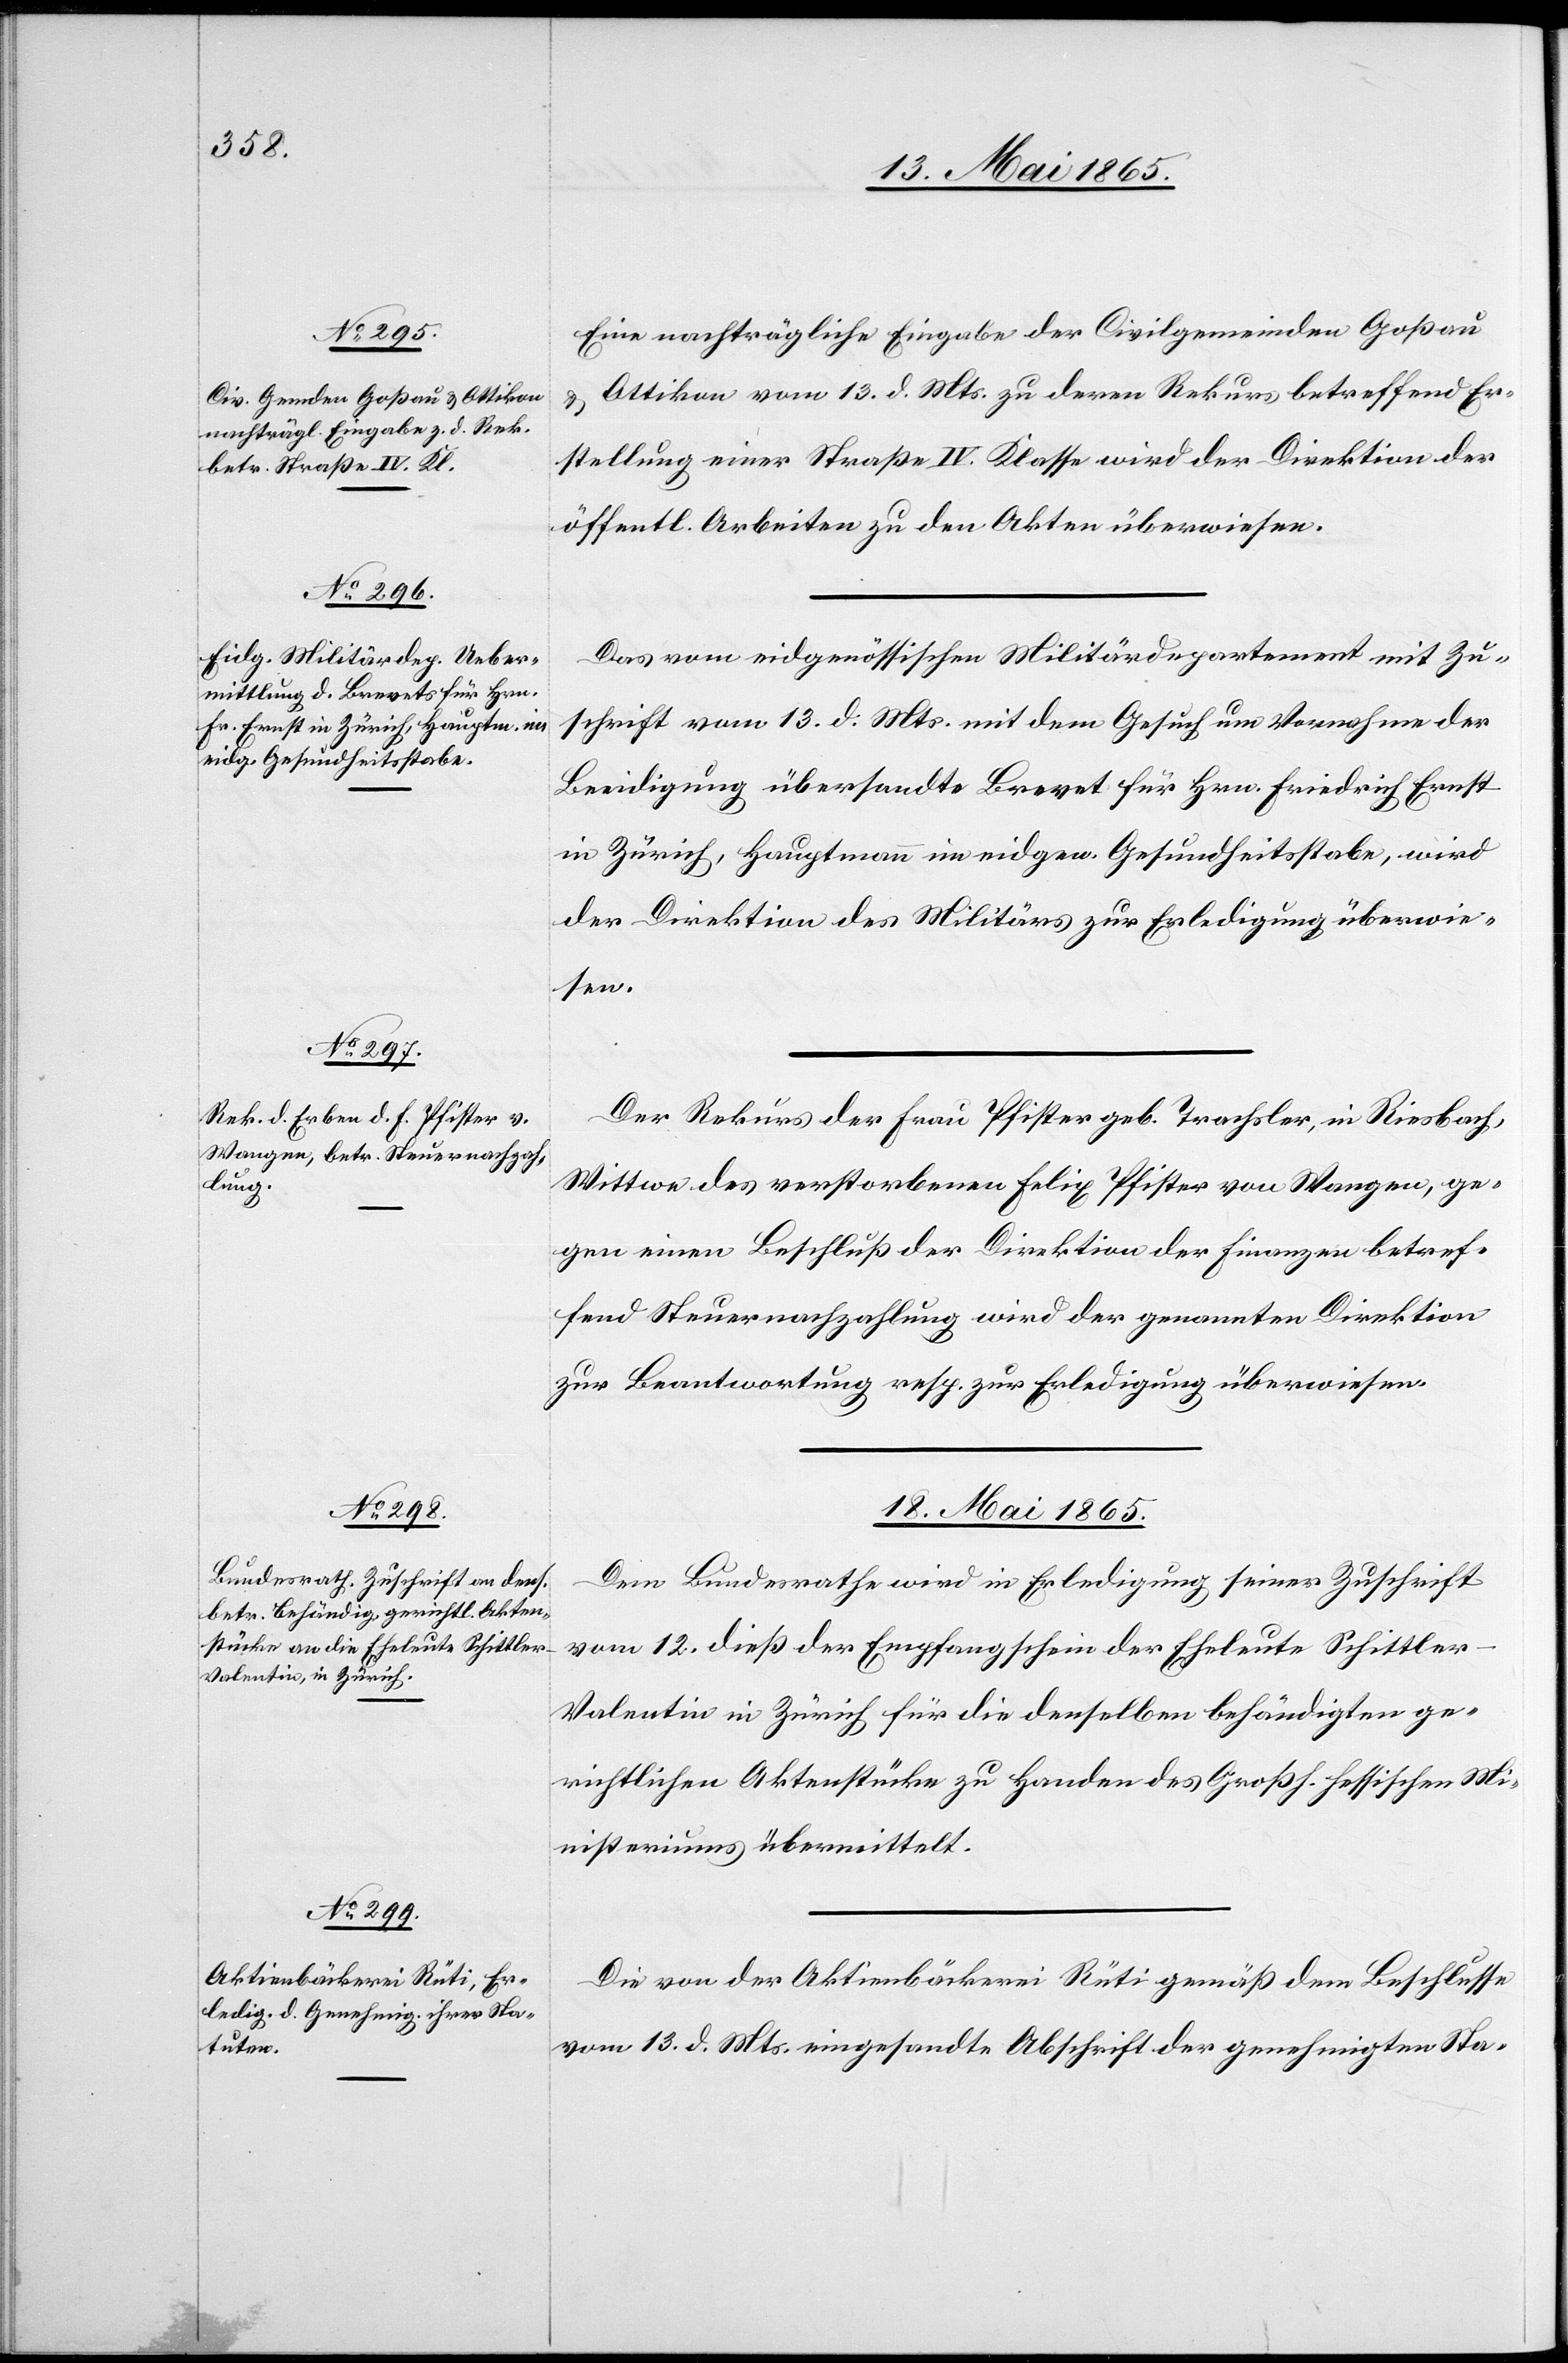
16. Mai 1865.]
Eine nachträgliche Eingabe der Civilgemeinden Goßau
Ottikon vom 13. d. Mts. zu deren Rekurs betreffend Er¬
stellung einer Straße IV. Klasse wird der Direktion der
öffentl. Arbeiten zu den Akten überwiesen.
Das vom eidgenössischen Militärdepartement mit Zu¬
schrift vom 13. d. Mts. mit dem Gesuch um Vornahme der
Beeidigung übersandte Brevet für Hrn. Friedrich Ernst
in Zürich, Hauptmann im eidgen. Gesundheitsstabe, wird
der Direktion des Militärs zur Erledigung überwie¬
sen.
Der Rekurs der Frau Pfister geb. Trachsler, in Riesbach,
Wittwe des verstorbenen Felix Pfister von Wangen, ge¬
gen einen Beschluß der Direktion der Finanzen betref¬
fend Steuernachzahlung wird der genannten Direktion
zur Beantwortung resp. zur Erledigung überwiesen.
18. Mai 1865.]
Dem Bundesrathe wird in Erledigung seiner Zuschrift
vom 12. dieß der Empfangschein der Eheleute Schittle¬
r-Valentin in Zürich für die denselben behändigten ge¬
richtlichen Aktenstücke zu Handen des Großh. hessischen Mi¬
nisteriums übermittelt.
Die von der Aktienbäckerei Rüti gemäß dem Beschlusse
vom 13. d. Mts. eingesandte Abschrift der genehmigten Sta-